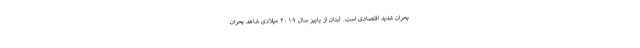
بحران شدید اقتصادی است. لبنان از پاییز سال ۲۰۱۹ میلادی شاهد بحران